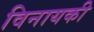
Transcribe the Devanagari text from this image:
विनायकी